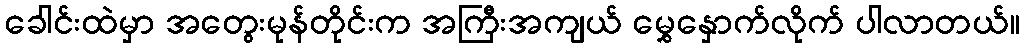
ခေါင်းထဲမှာ အတွေးမုန်တိုင်းက အကြီးအကျယ် မွှေနှောက်လိုက် ပါလာတယ်။